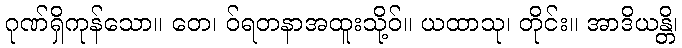
ဂုဏ်ရှိကုန်သော။ တေ၊ ဝ်ရတနာအထူးသို့ဝ်။ ယထာသု၊ တိုင်း။ အာဒိယန္တိ၊